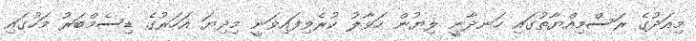
މިއަދުގެ ރަސްމިއްޔާތުގައި ހަނދާނީ ލިޔުން ހަވާލު ކުރެވިފައިވަނީ މިދިޔަ އަހަރުގެ ޑިސެމްބަރު މަހުގައި